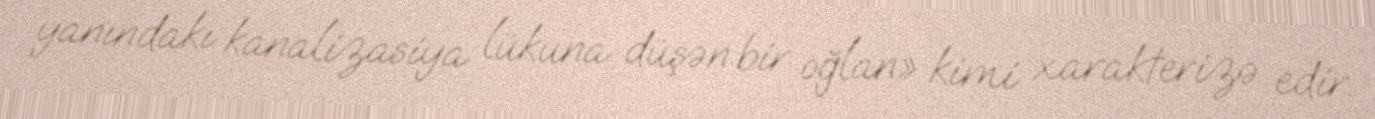
yanındakı kanalizasiya lükuna düşən bir oğlan» kimi xarakterizə edir.